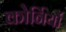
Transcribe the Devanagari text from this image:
कोर्नियों